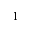
1